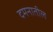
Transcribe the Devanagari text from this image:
दमनातील